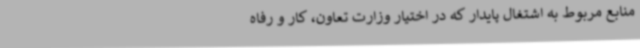
منابع مربوط به اشتغال پایدار که در اختیار وزارت تعاون، کار و رفاه